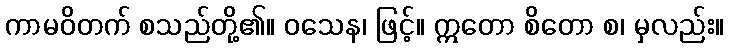
ကာမဝိတက် စသည်တို့၏။ ဝသေန၊ ဖြင့်။ ဣတော စိတော စ၊ မှလည်း။